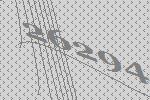
26294